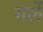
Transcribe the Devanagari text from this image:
गलें